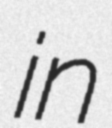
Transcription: in